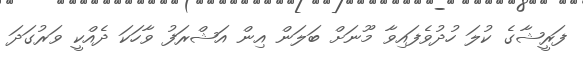
ފަރީޝާގެ ކުލަ ހުދުވެފައިވާ މޫނަށް ބަލަން އިން އަޝްރަފު ވާހަކަ ދެއްކީ ވަރުގަދަ